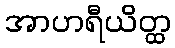
အာဟရီယိတ္ထ